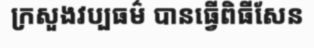
ក្រសួងវប្បធម៌ បានធ្វើពិធីសែន